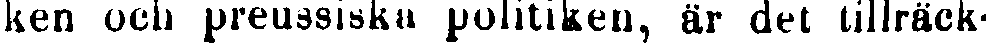
ken och preussiska politiken, är det tillräck-